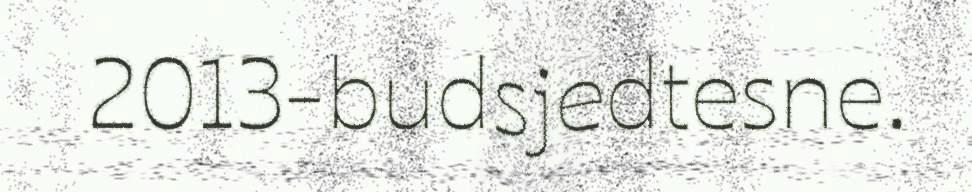
2013-budsjedtesne.